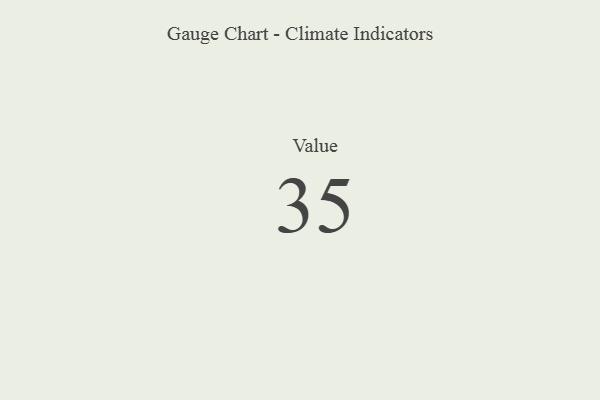
{"axis": {"x": "Metric", "y": "Value"}, "legend": [""], "data": [{"x": "Value", "y": 35, "type": ""}]}